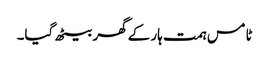
ٹامس ہمت ہار کے گھر بیٹھ گیا۔